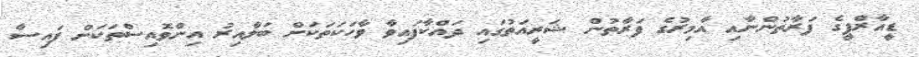
ޑީއާރްޕީގެ ފަރާތުންނާއި އާމިރުގެ ފަރާތުން ޝަރީއަތުގައި ދައްކާފައިވާ ވާހަކަތަކަށް ބަލާއިރު އިންވޮއިސްތަކަށް ފައިސާ